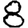
Digit: 8